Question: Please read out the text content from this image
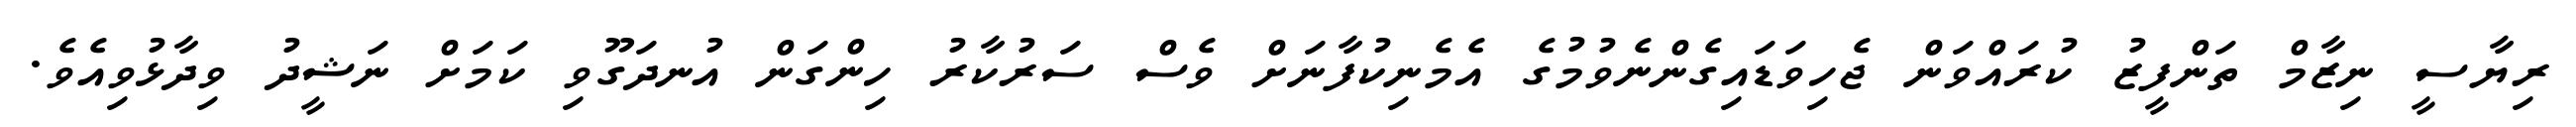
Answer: ރިޔާސީ ނިޒާމް ތަންފީޒު ކުރައްވަން ޖެހިވަޑައިގެންނެވުމުގެ އެމެނިކުފާނަށް ވެސް ސަރުކާރު ހިންގަން އުނދަގޫވި ކަމަށް ނަޝީދު ވިދާޅުވިއެވެ.